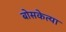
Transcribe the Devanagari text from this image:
बोसकेत्या